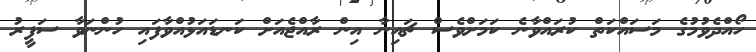
ހޯއްދެވުމުގެ މަސައްކަތް ކުރައްވާނެ ކަމަށްވެސް ޗައިނާ އިން ރާއްޖެއަށް ކަނޑައަޅުއްވާފައި ހުންނަވާ ސަފީރު